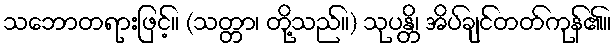
သဘောတရားဖြင့်။ (သတ္တာ၊ တို့သည်။) သုပန္တိ၊ အိပ်ချင်တတ်ကုန်၏။